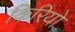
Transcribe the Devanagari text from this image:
किरियो